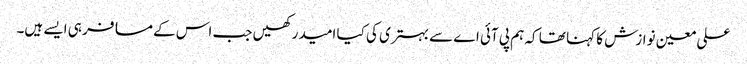
علی معین نوازش کا کہنا تھا کہ ہم پی آئی اے سے بہتری کی کیا امید رکھیں جب اس کے مسافر ہی ایسے ہیں۔